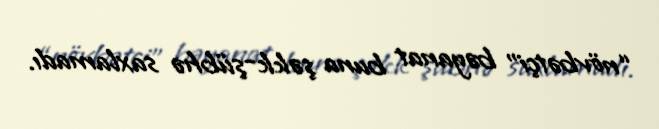
“növbətçi” bəyanat buna şəkk-şübhə saxlamadı.